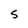
Character: 5